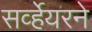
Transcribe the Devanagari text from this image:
सर्व्हेयरने